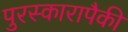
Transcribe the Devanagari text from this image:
पुरस्कारापैकी